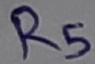
Text: R5